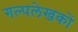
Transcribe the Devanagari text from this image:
गल्पलेखकों